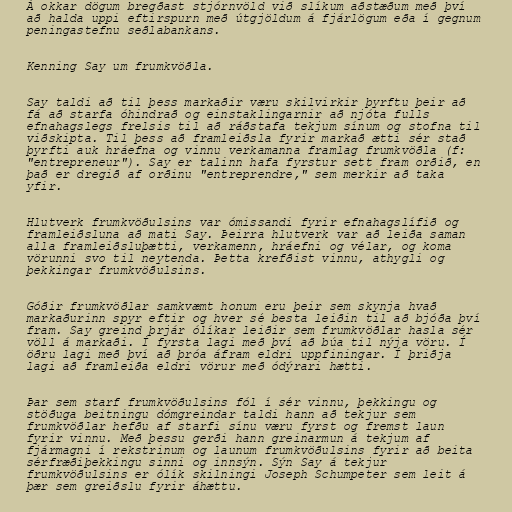
Á okkar dögum bregðast stjórnvöld við slíkum aðstæðum með því
að halda uppi eftirspurn með útgjöldum á fjárlögum eða í gegnum
peningastefnu seðlabankans.

Kenning Say um frumkvöðla.

Say taldi að til þess markaðir væru skilvirkir þyrftu þeir að
fá að starfa óhindrað og einstaklingarnir að njóta fulls
efnahagslegs frelsis til að ráðstafa tekjum sínum og stofna til
viðskipta. Til þess að framleiðsla fyrir markað ætti sér stað
þyrfti auk hráefna og vinnu verkamanna framlag frumkvöðla (f:
"entrepreneur"). Say er talinn hafa fyrstur sett fram orðið, en
það er dregið af orðinu "entreprendre," sem merkir að taka
yfir.

Hlutverk frumkvöðulsins var ómissandi fyrir efnahagslífið og
framleiðsluna að mati Say. Þeirra hlutverk var að leiða saman
alla framleiðsluþætti, verkamenn, hráefni og vélar, og koma
vörunni svo til neytenda. Þetta krefðist vinnu, athygli og
þekkingar frumkvöðulsins.

Góðir frumkvöðlar samkvæmt honum eru þeir sem skynja hvað
markaðurinn spyr eftir og hver sé besta leiðin til að bjóða því
fram. Say greind þrjár ólíkar leiðir sem frumkvöðlar hasla sér
völl á markaði. Í fyrsta lagi með því að búa til nýja vöru. Í
öðru lagi með því að þróa áfram eldri uppfiningar. Í þriðja
lagi að framleiða eldri vörur með ódýrari hætti.

Þar sem starf frumkvöðulsins fól í sér vinnu, þekkingu og
stöðuga beitningu dómgreindar taldi hann að tekjur sem
frumkvöðlar hefðu af starfi sínu væru fyrst og fremst laun
fyrir vinnu. Með þessu gerði hann greinarmun á tekjum af
fjármagni í rekstrinum og launum frumkvöðulsins fyrir að beita
sérfræðiþekkingu sinni og innsýn. Sýn Say á tekjur
frumkvöðulsins er ólík skilningi Joseph Schumpeter sem leit á
þær sem greiðslu fyrir áhættu.